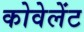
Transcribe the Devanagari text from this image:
कोवेलेंट